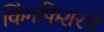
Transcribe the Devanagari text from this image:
किंगफिशरचे